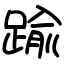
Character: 踰